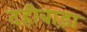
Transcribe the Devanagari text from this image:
दहीबाड़ा